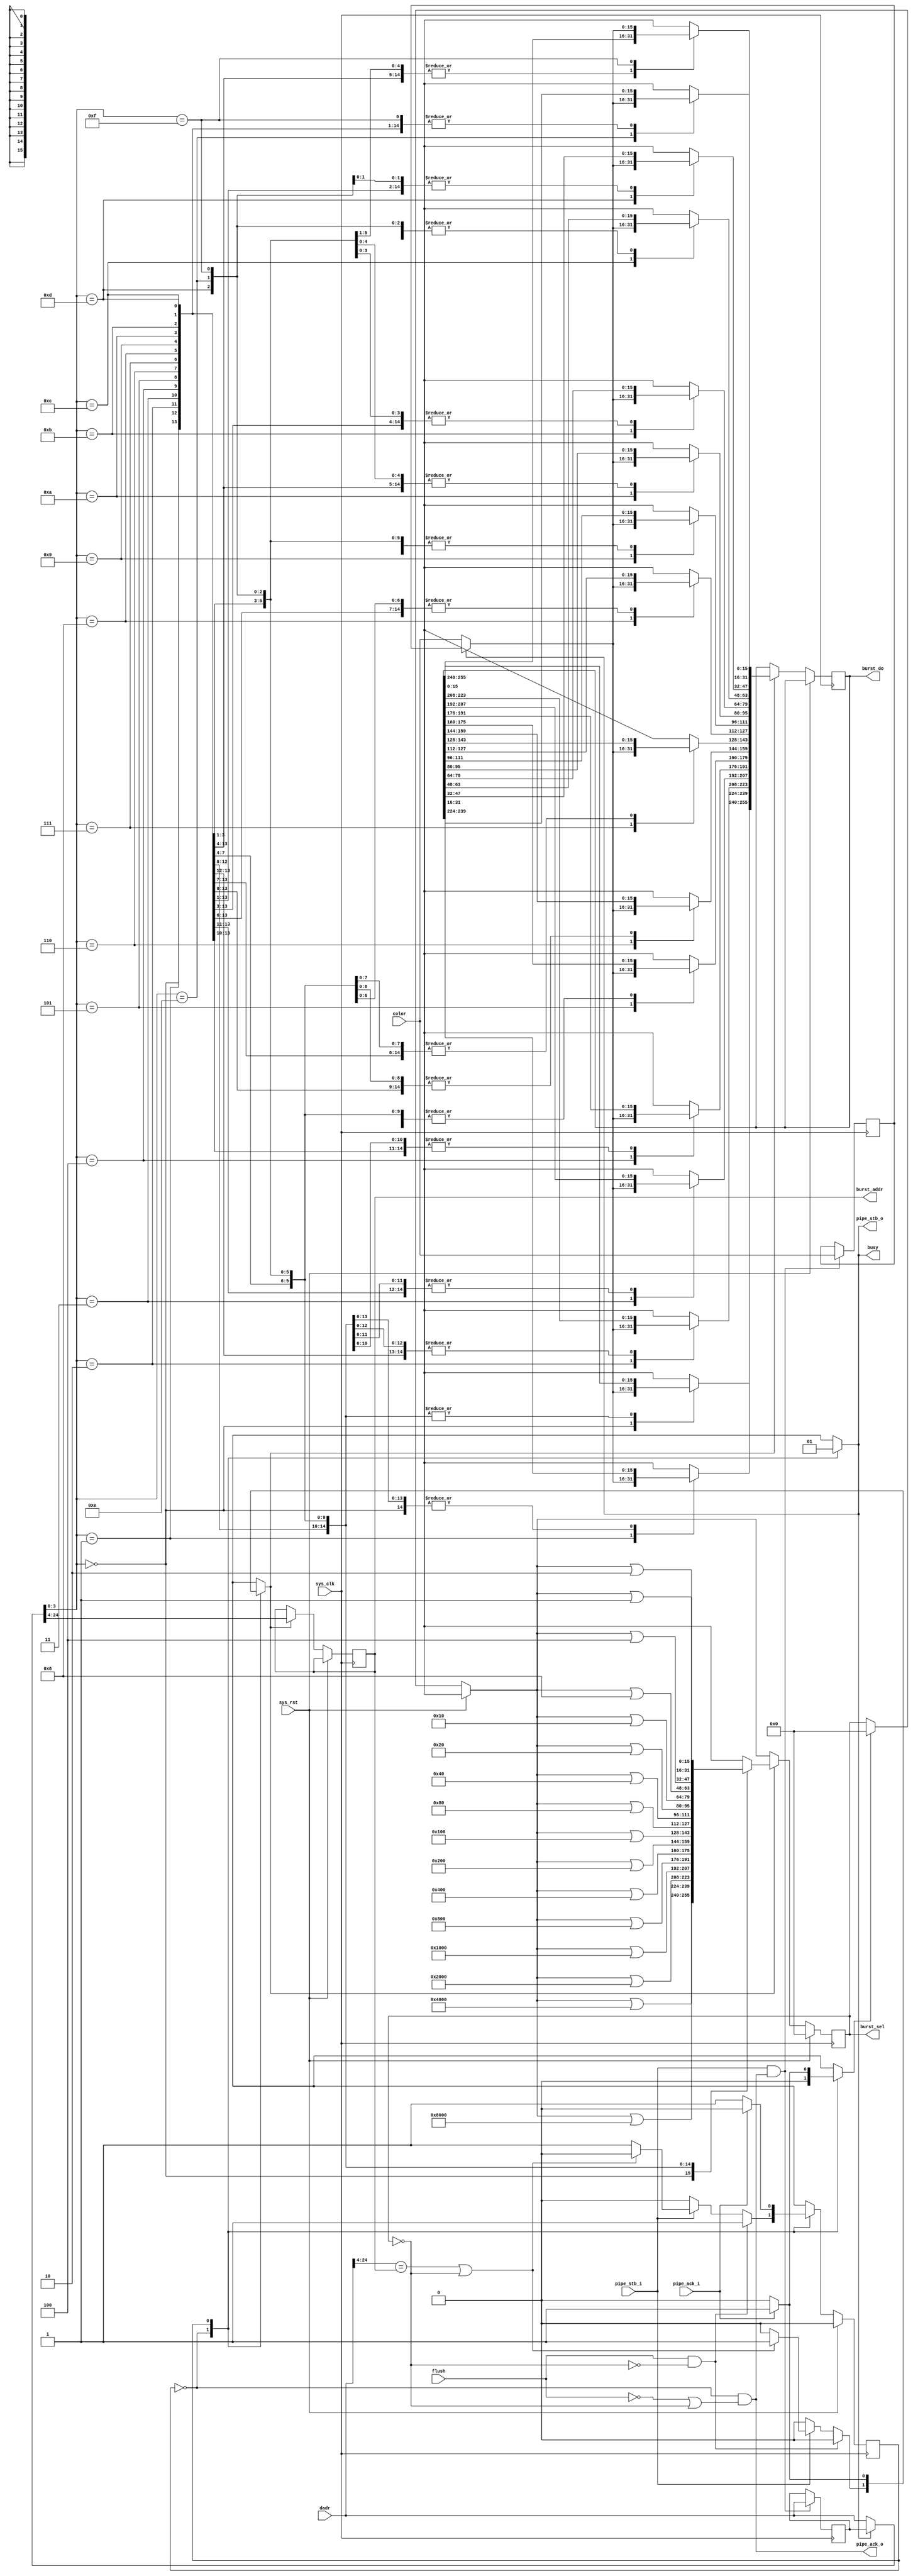
module tmu2_burst #(
	parameter fml_depth = 26
) (
	input sys_clk,
	input sys_rst,
	
	input flush,
	output reg busy,
	
	input pipe_stb_i,
	output pipe_ack_o,
	input [15:0] color,
	input [fml_depth-1-1:0] dadr, /* in 16-bit words */
	
	output reg pipe_stb_o,
	input pipe_ack_i,
	output reg [fml_depth-5-1:0] burst_addr, /* in 256-bit words */
	/* 16-bit granularity selection that needs to be expanded
	 * to 8-bit granularity selection to drive the FML lines.
	 */
	output reg [15:0] burst_sel,
	output reg [255:0] burst_do
);

wire burst_hit = dadr[fml_depth-1-1:4] == burst_addr;

/* Always memorize input in case we have to ack a cycle we cannot immediately handle */
reg [15:0] color_r;
reg [fml_depth-1-1:0] dadr_r;
always @(posedge sys_clk) begin
	if(pipe_stb_i & pipe_ack_o) begin
		color_r <= color;
		dadr_r <= dadr;
	end
end

/* Write to the burst storage registers */
reg clear_en;
reg write_en;
reg use_memorized;
wire [15:0] color_mux = use_memorized ? color_r : color;
wire [fml_depth-1-1:0] dadr_mux = use_memorized ? dadr_r : dadr;
always @(posedge sys_clk) begin
	if(sys_rst)
		burst_sel = 16'd0;
	else begin
		if(clear_en)
			burst_sel = 16'd0;
		if(write_en) begin
			burst_addr = dadr_mux[fml_depth-1-1:4]; /* update tag */
			case(dadr_mux[3:0]) /* unmask */
				4'd00: burst_sel = burst_sel | 16'h8000;
				4'd01: burst_sel = burst_sel | 16'h4000;
				4'd02: burst_sel = burst_sel | 16'h2000;
				4'd03: burst_sel = burst_sel | 16'h1000;
				4'd04: burst_sel = burst_sel | 16'h0800;
				4'd05: burst_sel = burst_sel | 16'h0400;
				4'd06: burst_sel = burst_sel | 16'h0200;
				4'd07: burst_sel = burst_sel | 16'h0100;
				4'd08: burst_sel = burst_sel | 16'h0080;
				4'd09: burst_sel = burst_sel | 16'h0040;
				4'd10: burst_sel = burst_sel | 16'h0020;
				4'd11: burst_sel = burst_sel | 16'h0010;
				4'd12: burst_sel = burst_sel | 16'h0008;
				4'd13: burst_sel = burst_sel | 16'h0004;
				4'd14: burst_sel = burst_sel | 16'h0002;
				4'd15: burst_sel = burst_sel | 16'h0001;
			endcase
			case(dadr_mux[3:0]) /* register data */
				4'd00: burst_do[255:240] = color_mux;
				4'd01: burst_do[239:224] = color_mux;
				4'd02: burst_do[223:208] = color_mux;
				4'd03: burst_do[207:192] = color_mux;
				4'd04: burst_do[191:176] = color_mux;
				4'd05: burst_do[175:160] = color_mux;
				4'd06: burst_do[159:144] = color_mux;
				4'd07: burst_do[143:128] = color_mux;
				4'd08: burst_do[127:112] = color_mux;
				4'd09: burst_do[111: 96] = color_mux;
				4'd10: burst_do[ 95: 80] = color_mux;
				4'd11: burst_do[ 79: 64] = color_mux;
				4'd12: burst_do[ 63: 48] = color_mux;
				4'd13: burst_do[ 47: 32] = color_mux;
				4'd14: burst_do[ 31: 16] = color_mux;
				4'd15: burst_do[ 15:  0] = color_mux;
			endcase
		end
	end
end

wire empty = (burst_sel == 16'd0);

reg state;
reg next_state;

parameter RUNNING	= 1'b0;
parameter DOWNSTREAM	= 1'b1;

always @(posedge sys_clk) begin
	if(sys_rst)
		state <= RUNNING;
	else
		state <= next_state;
end

/*
 * generate pipe_ack_o using an assign statement to work around a bug in CVER
 */

assign pipe_ack_o = (state == RUNNING) & (~flush | empty);

always @(*) begin
	next_state = state;
	busy = 1'b1;
	// CVER WA (see above) pipe_ack_o = 1'b0;
	pipe_stb_o = 1'b0;
	write_en = 1'b0;
	clear_en = 1'b0;
	use_memorized = 1'b0;
	
	case(state)
		RUNNING: begin
			busy = 1'b0;
			if(flush & ~empty)
				next_state = DOWNSTREAM;
			else begin
				// CVER WA (see above) pipe_ack_o = 1'b1;
				if(pipe_stb_i) begin
					if(burst_hit | empty)
						write_en = 1'b1;
					else
						next_state = DOWNSTREAM;
				end
			end
		end
		DOWNSTREAM: begin
			pipe_stb_o = 1'b1;
			use_memorized = 1'b1;
			if(pipe_ack_i) begin
				clear_en = 1'b1;
				write_en = 1'b1;
				next_state = RUNNING;
			end
		end
	endcase
end

endmodule